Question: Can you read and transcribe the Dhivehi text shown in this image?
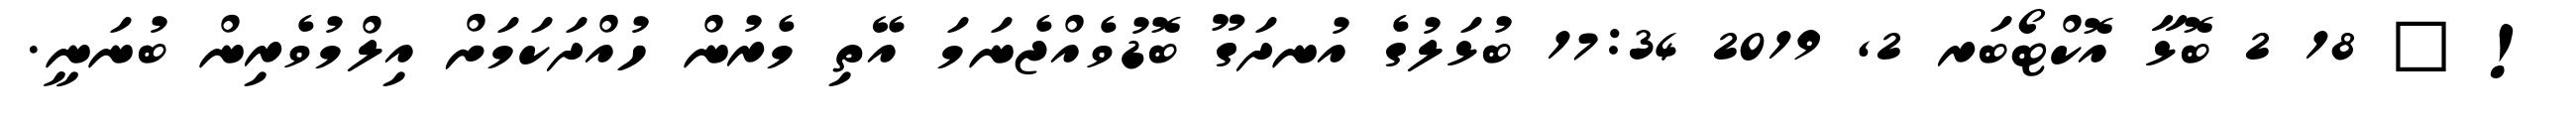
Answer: ! ? 18 2 ބޮޅާ އޮކްޓޯބަރ 2, 2019 17:34 ބުޅަލުގެ އުނދަގޫ ބޮޑުވެއްޖެނަމަ އޭތި މެރުން ހުއްދަކަމަށް އިލްމުވެރިން ބުނަނީ.